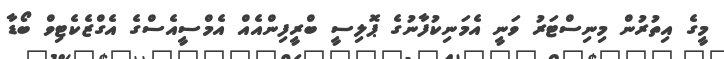
މީގެ އިތުރުން މިނިސްޓަރު ވަނީ އެމަނިކުފާނުގެ ޕޮލިސީ ބްރީފިންއެއް އެމްސީއެސްގެ އެގްޒެކެޓިވް ބޯޑާ